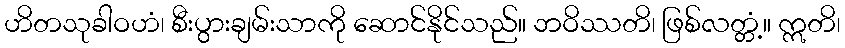
ဟိတသုခါဝဟံ၊ စီးပွားချမ်းသာကို ဆောင်နိုင်သည်။ ဘဝိဿတိ၊ ဖြစ်လတ္တံ့။ ဣတိ၊